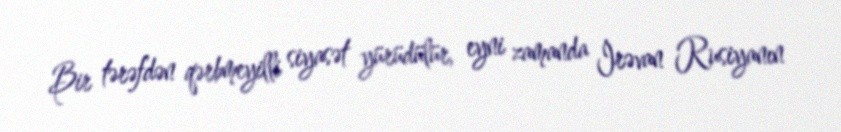
Bir tərəfdən qərbmeyilli siyasət yürüdülür, eyni zamanda İrəvan Rusiyanın